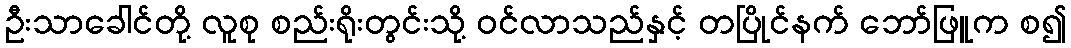
ဦးသာခေါင်တို့ လူစု စည်းရိုးတွင်းသို့ ဝင်လာသည်နှင့် တပြိုင်နက် ဘော်ဖြူက စ၍